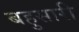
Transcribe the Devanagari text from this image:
बहुसारी